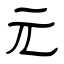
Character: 元